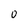
Character: 0